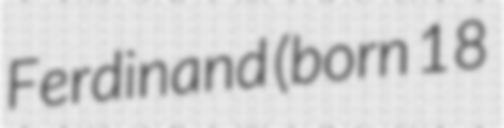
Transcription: Ferdinand (born 18